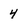
Character: 4